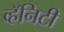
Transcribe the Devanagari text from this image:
व्हॅनिटी